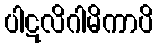
ပါဋလိဂါမိကာပိ